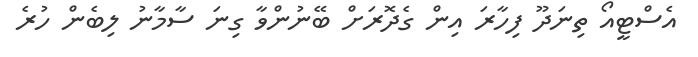
އެސްޓީއޯ ތިނަދޫ ފިހާރަ އިން ގެދޮރަށް ބޭނުންވާ ގިނަ ސާމާނު ލިބެން ހުރެ